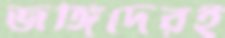
জঙ্গিদেরই